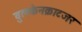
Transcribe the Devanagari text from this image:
वुलकेनक्राटजर